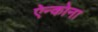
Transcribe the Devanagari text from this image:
ऐन्कोना